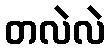
တလဲလဲ